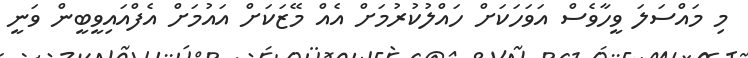
މި މައްސަލަ ވީހާވެސް އަވަހަކަށް ހައްލުކުރުމަށް އެއް މޭޒަކަށް އައުމަށް އެފްއައިވީބީން ވަނީ